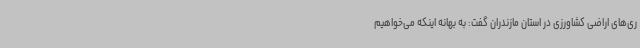
ری‌های اراضی کشاورزی در استان مازندران گفت: به بهانه اینکه می‌خواهیم